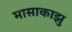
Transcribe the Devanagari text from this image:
मासाकाझु